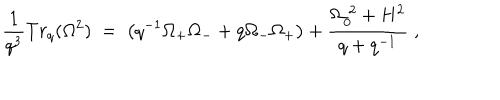
LaTeX: \frac { 1 } { q ^ { 3 } } T r _ { q } ( \Omega ^ { 2 } ) \; = \; \left( q ^ { - 1 } \Omega _ { + } \Omega _ { - } + q \Omega _ { - } \Omega _ { + } \right) + \frac { \Omega _ { 0 } ^ { \; 2 } + H ^ { 2 } } { q + q ^ { - 1 } } \; ,